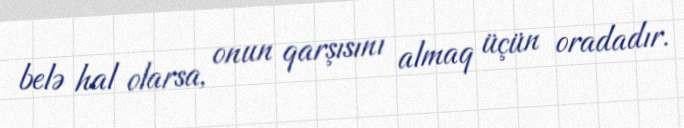
belə hal olarsa, onun qarşısını almaq üçün oradadır.